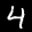
Label: 4